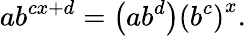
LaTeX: ab^{cx+d}=\left(ab^{d}\right)\left(b^{c}\right)^{x}.